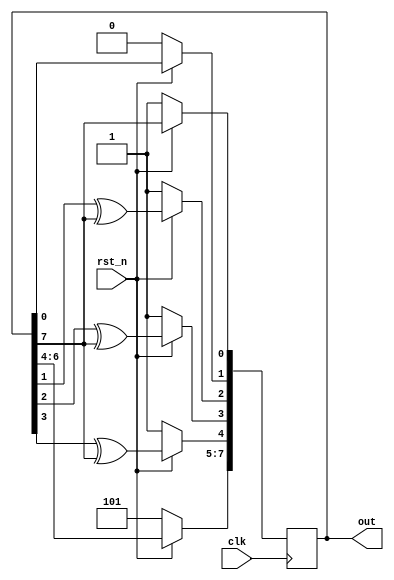
`timescale 1ns/1ps

module One_TO_Many_LFSR(clk, rst_n, out);
input clk;
input rst_n;
output reg [7:0] out;
wire [7:0] dff;
assign dff = out;
always @(posedge clk)begin
    if(!rst_n)begin
        out <= 8'b10111101;
    end

    else begin
        out[0] <= dff[7];
        out[1] <= dff[0];
        out[2] <= dff[1] ^ dff[7];
        out[3] <= dff[2] ^ dff[7];
        out[4] <= dff[3] ^ dff[7];
        out[7:5] <= dff[6:4]; 
    end

end
endmodule